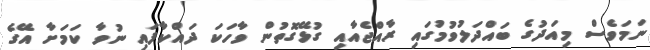
ނަމަވެސް މިއަދުގެ ބައްދަލުވުމުގައި ރާއްޖެއާއި ގުޅޭގޮތުން ވާހަކަ ދައްކާފައި ނުވާ ކަމަށާ އޭގެ